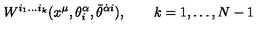
W ^ { i _ { 1 } \ldots i _ { k } } ( x ^ { \mu } , \theta _ { i } ^ { \alpha } , \bar { \theta } ^ { \dot { \alpha } i } ) , \qquad k = 1 , \ldots , N - 1